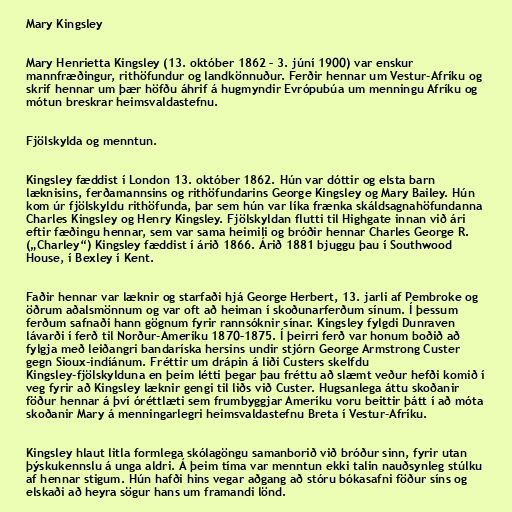
Mary Kingsley

Mary Henrietta Kingsley (13. október 1862 – 3. júní 1900) var enskur
mannfræðingur, rithöfundur og landkönnuður. Ferðir hennar um Vestur-Afríku og
skrif hennar um þær höfðu áhrif á hugmyndir Evrópubúa um menningu Afríku og
mótun breskrar heimsvaldastefnu.

Fjölskylda og menntun.

Kingsley fæddist í London 13. október 1862. Hún var dóttir og elsta barn
læknisins, ferðamannsins og rithöfundarins George Kingsley og Mary Bailey. Hún
kom úr fjölskyldu rithöfunda, þar sem hún var líka frænka skáldsagnahöfundanna
Charles Kingsley og Henry Kingsley. Fjölskyldan flutti til Highgate innan við ári
eftir fæðingu hennar, sem var sama heimili og bróðir hennar Charles George R.
(„Charley“) Kingsley fæddist í árið 1866. Árið 1881 bjuggu þau í Southwood
House, í Bexley í Kent.

Faðir hennar var læknir og starfaði hjá George Herbert, 13. jarli af Pembroke og
öðrum aðalsmönnum og var oft að heiman í skoðunarferðum sínum. Í þessum
ferðum safnaði hann gögnum fyrir rannsóknir sínar. Kingsley fylgdi Dunraven
lávarði í ferð til Norður-Ameríku 1870–1875. Í þeirri ferð var honum boðið að
fylgja með leiðangri bandaríska hersins undir stjórn George Armstrong Custer
gegn Sioux-indíánum. Fréttir um drápin á liði Custers skelfdu
Kingsley-fjölskylduna en þeim létti þegar þau fréttu að slæmt veður hefði komið í
veg fyrir að Kingsley læknir gengi til liðs við Custer. Hugsanlega áttu skoðanir
föður hennar á því óréttlæti sem frumbyggjar Ameríku voru beittir þátt í að móta
skoðanir Mary á menningarlegri heimsvaldastefnu Breta í Vestur-Afríku.

Kingsley hlaut litla formlega skólagöngu samanborið við bróður sinn, fyrir utan
þýskukennslu á unga aldri. Á þeim tíma var menntun ekki talin nauðsynleg stúlku
af hennar stigum. Hún hafði hins vegar aðgang að stóru bókasafni föður síns og
elskaði að heyra sögur hans um framandi lönd.